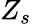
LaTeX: Z_{s}